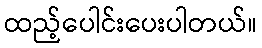
ထည့်ပေါင်းပေးပါတယ်။